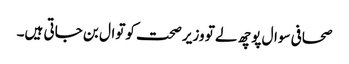
صحافی سوال پوچھ لے تو وزیر صحت کوتوال بن جاتی ہیں۔